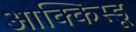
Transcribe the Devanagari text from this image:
आक्किस्डू